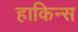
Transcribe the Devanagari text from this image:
हाकिन्स